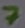
Text: 7